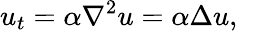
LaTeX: u_{t}=\alpha\nabla^{2}u=\alpha\Delta u,\quad